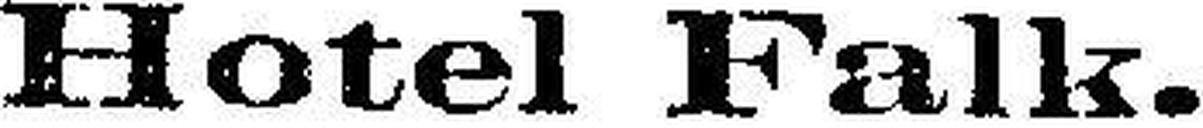
Hotel Falk.